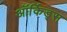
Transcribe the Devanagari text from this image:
ऑर्किड्स